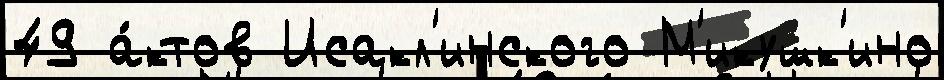
49 а́ктов Исакл'инского М'икушк'ино